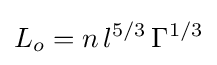
L_{o}=n\,l^{5/3}\,\Gamma ^{1/3}